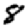
Digit: 8